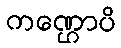
ကဏ္ဌောပိ